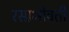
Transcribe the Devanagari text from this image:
रसाभोवती